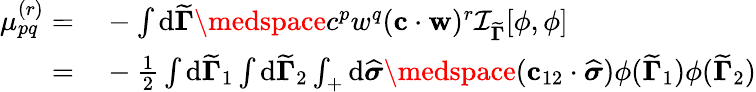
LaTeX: \begin{array}{rl}{\mu_{pq}^{(r)}=}&{{}-\int\mathrm{d}{\widetilde{\mathbf{\Gamma}}}\medspace c^{p}w^{q}(\mathbf{c}\cdot\mathbf{w})^{r}\mathcal{I}_{{\widetilde{\mathbf{\Gamma}}}}[\phi,\phi]}\\ {=}&{{}-\frac{1}{2}\int\mathrm{d}{\widetilde{\mathbf{\Gamma}}}_{1}\int\mathrm{d}{\widetilde{\mathbf{\Gamma}}}_{2}\int_{+}\mathrm{d}\widehat{\boldsymbol{\sigma}}\medspace(\mathbf{c}_{12}\cdot\widehat{\boldsymbol{\sigma}})\phi({\widetilde{\mathbf{\Gamma}}}_{1})\phi({\widetilde{\mathbf{\Gamma}}}_{2})}\end{array}